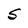
Character: S